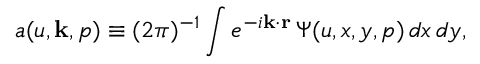
a ( u , { \bf k } , p ) \equiv ( 2 \pi ) ^ { - 1 } \int e ^ { - i { \bf k \cdot r } } \, { \mit \Psi } ( u , x , y , p ) \, d x \, d y ,